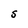
Character: S